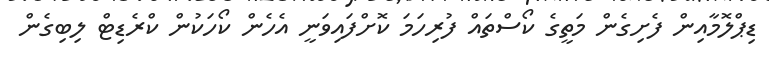
ޑިޕްލޮމާއިން ފެށިގެން މަތީގެ ކޯސްތައް ފުރިހަމަ ކޮށްފައިވަނީ އެހެން ކޯހަކުން ކްރެޑިޓް ލިބިގެން